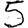
Digit: 5